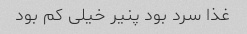
غذا سرد بود پنیر خیلی کم بود